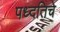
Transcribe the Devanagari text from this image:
पध्दतिचे